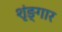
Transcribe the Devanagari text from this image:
शृंङ्गार